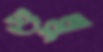
গুল্লু